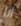
انا